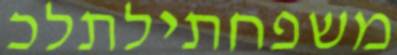
משפחתילתלכ